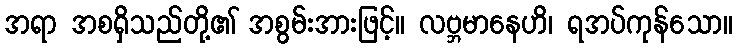
အရာ အစရှိသည်တို့၏ အစွမ်းအားဖြင့်။ လဗ္ဘမာနေဟိ၊ ရအပ်ကုန်သော။